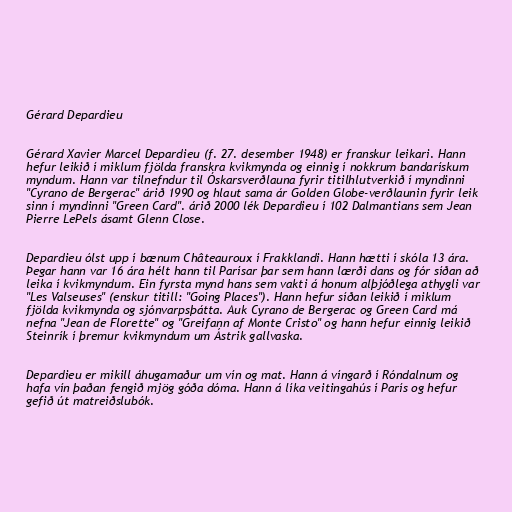
Gérard Depardieu

Gérard Xavier Marcel Depardieu (f. 27. desember 1948) er franskur leikari. Hann
hefur leikið í miklum fjölda franskra kvikmynda og einnig í nokkrum bandarískum
myndum. Hann var tilnefndur til Óskarsverðlauna fyrir titilhlutverkið í myndinni
"Cyrano de Bergerac" árið 1990 og hlaut sama ár Golden Globe-verðlaunin fyrir leik
sinn í myndinni "Green Card". árið 2000 lék Depardieu í 102 Dalmantians sem Jean
Pierre LePels ásamt Glenn Close.

Depardieu ólst upp í bænum Châteauroux í Frakklandi. Hann hætti í skóla 13 ára.
Þegar hann var 16 ára hélt hann til Parísar þar sem hann lærði dans og fór síðan að
leika í kvikmyndum. Ein fyrsta mynd hans sem vakti á honum alþjóðlega athygli var
"Les Valseuses" (enskur titill: "Going Places"). Hann hefur síðan leikið í miklum
fjölda kvikmynda og sjónvarpsþátta. Auk Cyrano de Bergerac og Green Card má
nefna "Jean de Florette" og "Greifann af Monte Cristo" og hann hefur einnig leikið
Steinrík í þremur kvikmyndum um Ástrik gallvaska.

Depardieu er mikill áhugamaður um vín og mat. Hann á víngarð í Róndalnum og
hafa vín þaðan fengið mjög góða dóma. Hann á líka veitingahús í París og hefur
gefið út matreiðslubók.